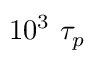
1 0 ^ { 3 } ~ \tau _ { p }